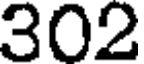
302